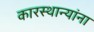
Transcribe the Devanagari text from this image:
कारस्थान्यांना